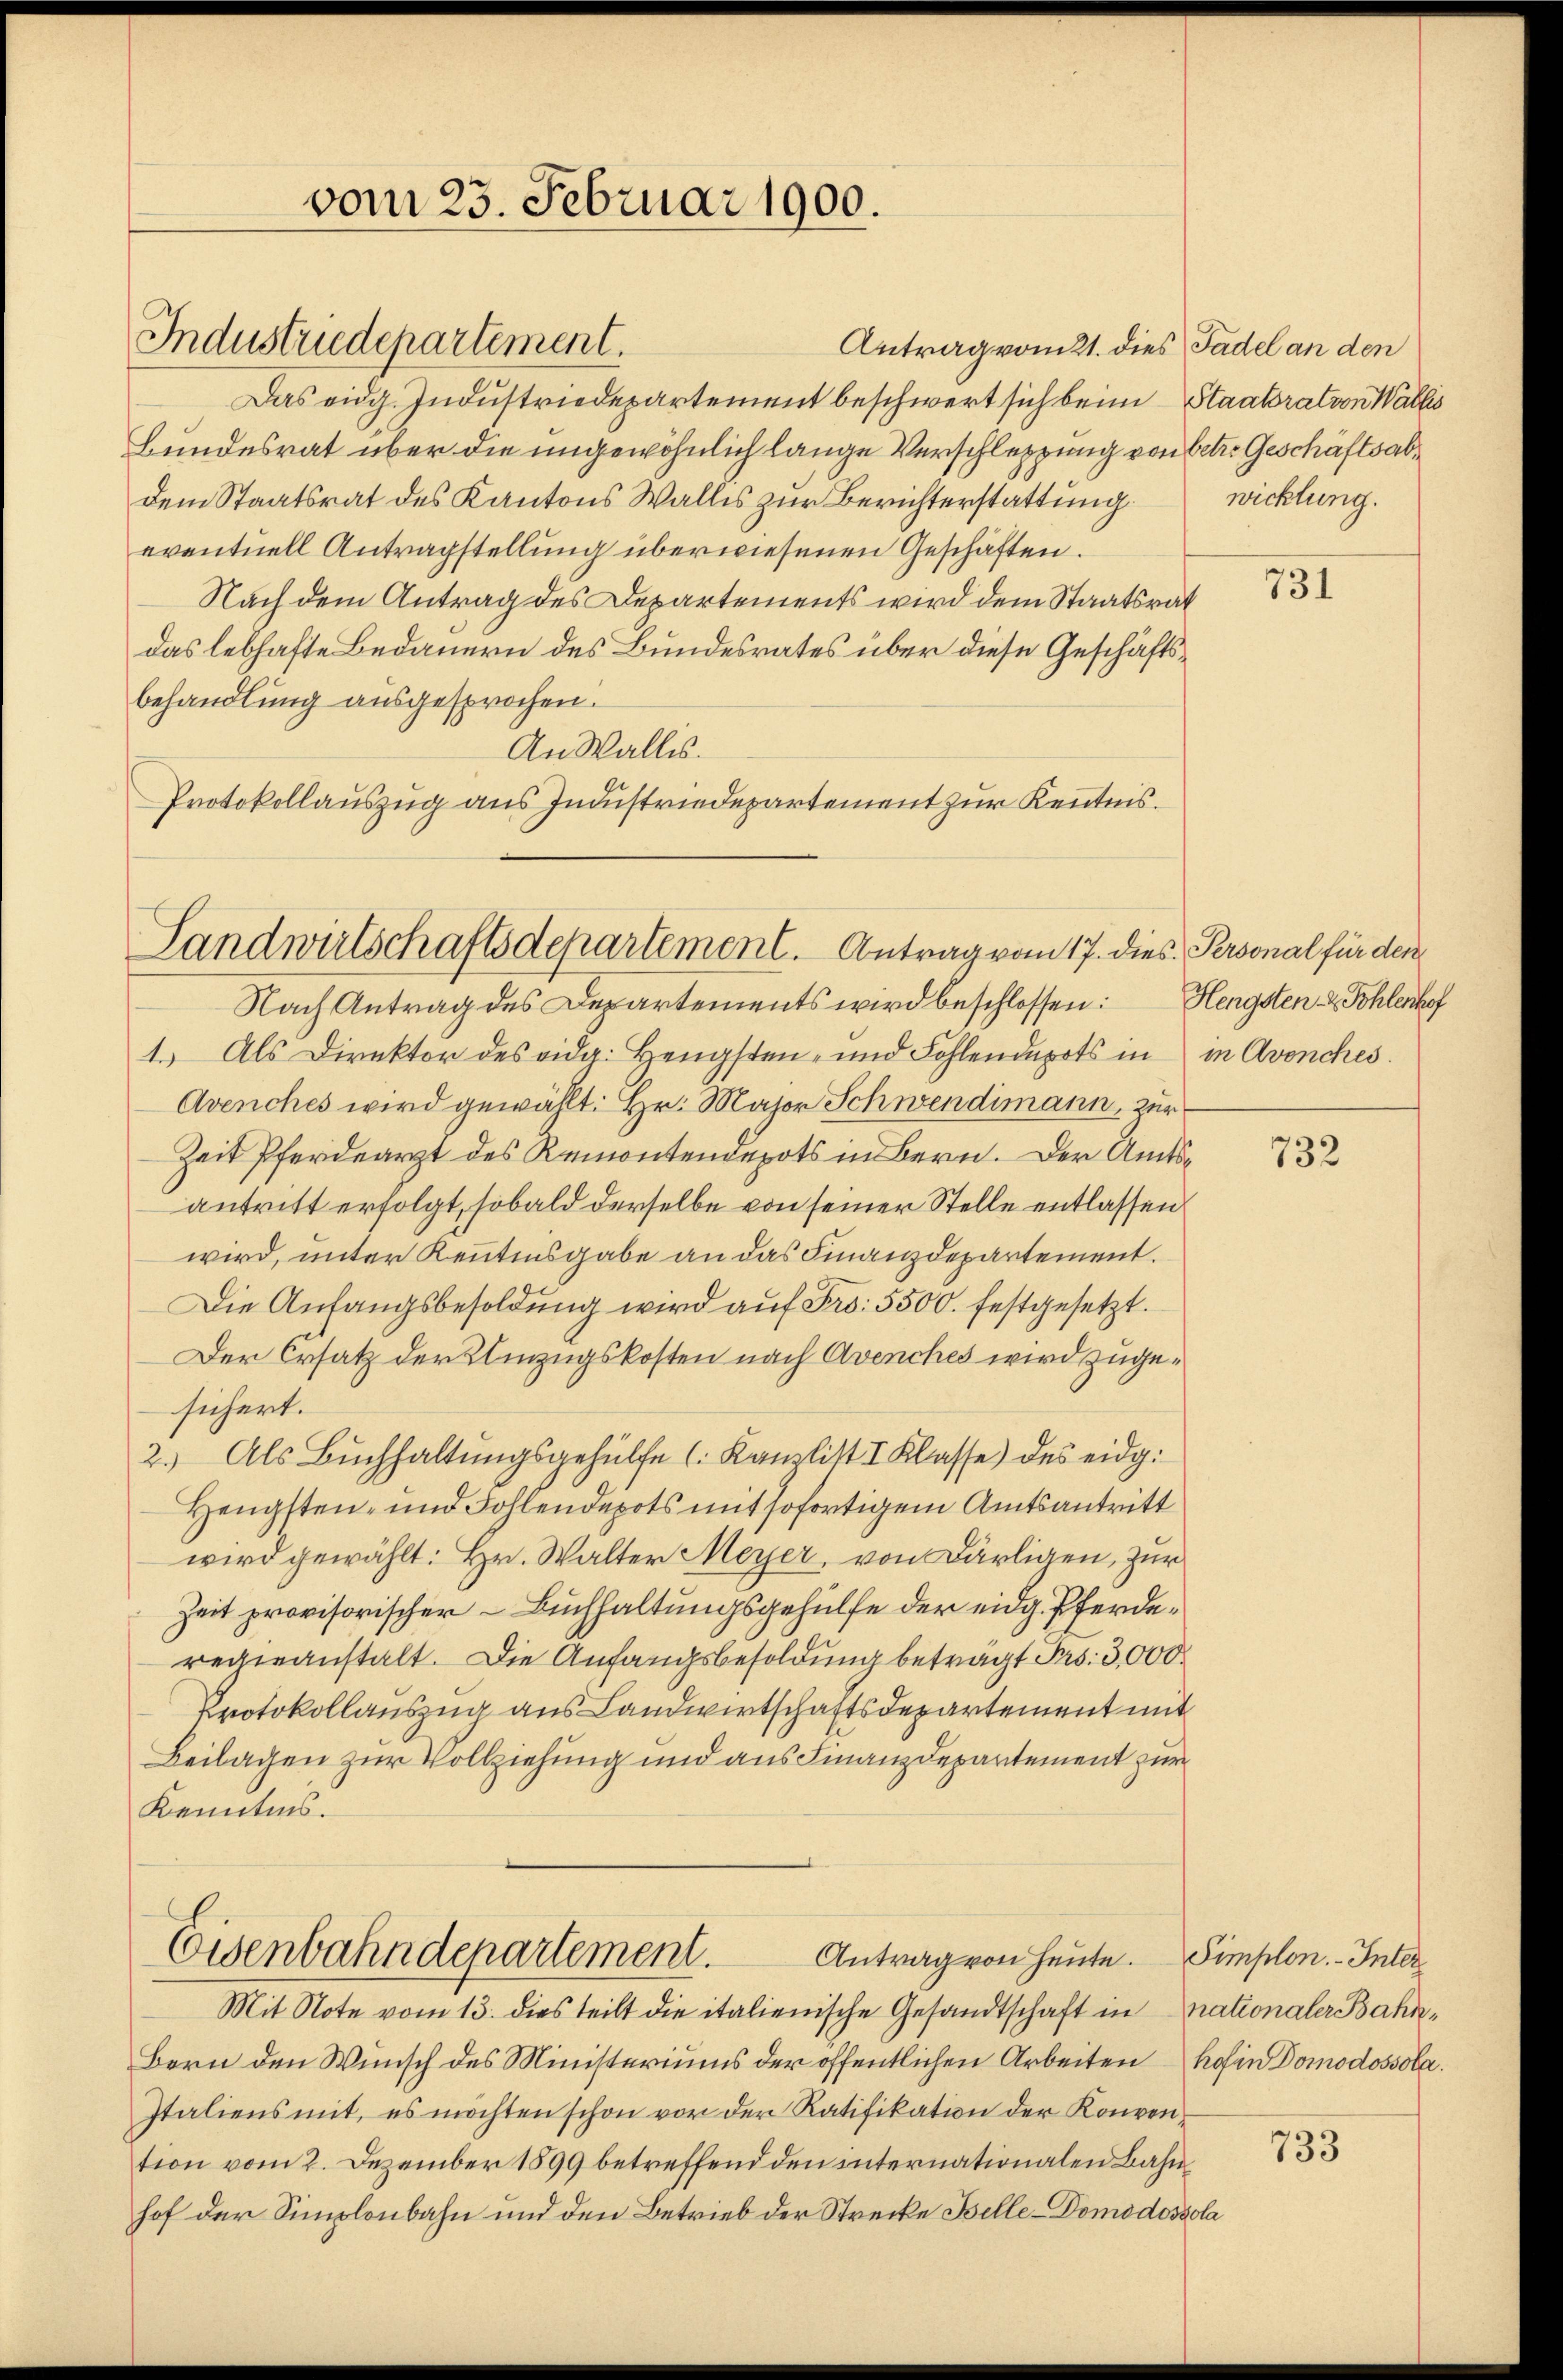
Industriedepartement.

vom 23. Februar 1900.

Landwirtschaftsdepartement. Antrag vom 17. dies Personal für den

Eisenbahndepartement.

Antrag vom 21. dies Tadel an den
Das eidg. Industriedepartement beschwert sich beim Staatsrat von Wallis
Bundesrat über die ungewöhnlich lange Verschleppung von betr. Geschäftsabdem Staatsrat des Kantons Wallis zur Berichterstattung
eventuell Antragstellung überwiesenen Geschäften.
Nach dem Antrag des Departements wird dem Staatsrat
das lebhafte Bedauern des Bundesrates über diese Geschäftsbehandlung ausgesprochen.
An Wallis.
Protokollauszug aus Industriedepartement zur Kenntnis.

Nach Antrag des Departements wird beschlossen: Hengsten & Fohlenhof
1.) Als Direktor des eidg. Hengsten- und Fohlendepots in in Avenches.
Avenches wird gewählt: Hr. Major Schwendimann, zur
Zeit Pferdearzt des Remontendepots in Bern. Der Amtsantritt erfolgt, sobald derselbe von seiner Stelle entlassen
wird, unter Kenntinsgabe an das Finanzdepartement.
Die Anfangsbesoldung wird aŭf Fr. 5500. festgesetzt.
Der Ersatz der Umzugskosten nach Avenches wird zugesichert.
2.) Als Buchhaltungsgehülfe (Kanzlist I Klasse) des eidg.
Hengsten- und Fohlendepots mit sofortigem Amtsantritt
wird gewählt: Hr. Walter Meyer, von Bärligen, zur
Zeit provisorischer - Buchhaltungsgehülfe der eidg. Pferderegieanstalt. Die Anfangsbesoldung beträgt Prs: 3,000
Protokollauszug aus Landwirtschaftsdepartement mit
Beilagen zur Vollziehung und aus Finanzdepartement zur
Kenntnis.

Mit Note vom 13. dies teilt die italienische Gesandtschaft in nationaler Bahn¬
Bern den Wunsch des Ministeriums der öffentlichen Arbeiten hohen Domodossola
Italiens mit, es möchten schon vor der Ratifikation der Konvention vom 2. Dezember 1899 betreffend den internationalen Bahn
hof der Simplonbahn und den Betrieb der Strecke Bille-Domodoszola

Antrag von Heute. Simplon. Inter

wicklung.

731

732

733